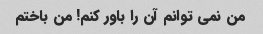
من نمی توانم آن را باور کنم! من باختم